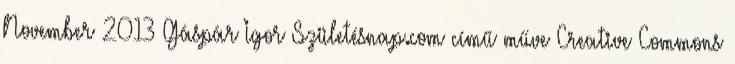
November 2013 Gáspár Igor Születésnap.com című műve Creative Commons